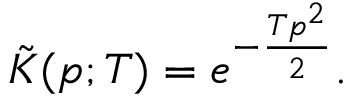
{ \tilde { K } } ( p ; T ) = e ^ { - { \frac { T p ^ { 2 } } { 2 } } } .